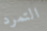
التمرد